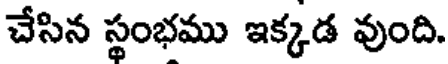
చేసిన స్థంభము ఇక్కడ వుంది.